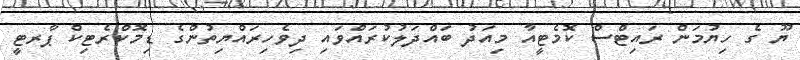
ޔޫ ގެ ހިޔުމަން ރައިޓްސް ކޮމެޓީއާ މިއަދު ބައްދަލުކުރައްވައި ދިވެހިރައްޔިތުންގެ ޑިމޮކްރެޓިކް ޕާރޓީ